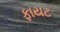
ફાયટ